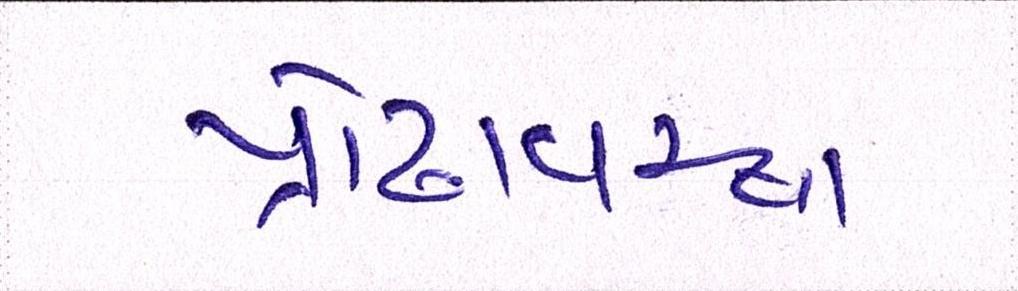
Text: પ્રૌઢાવસ્થા